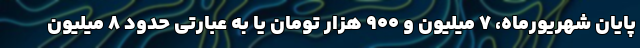
پایان شهریورماه، ۷ میلیون و ۹۰۰ هزار تومان یا به عبارتی حدود ۸ میلیون